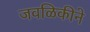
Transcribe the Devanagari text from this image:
जवळिकीने